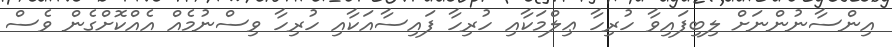
އިންސާނުންނަށް ލިބިފައިވާ ހުރިހާ ޢިލްމަކާއި ހުރިހާ ފައިސާއަކާއި ހުރިހާ ވިސްނުމެއް އެއްކޮށްގެން ވެސް